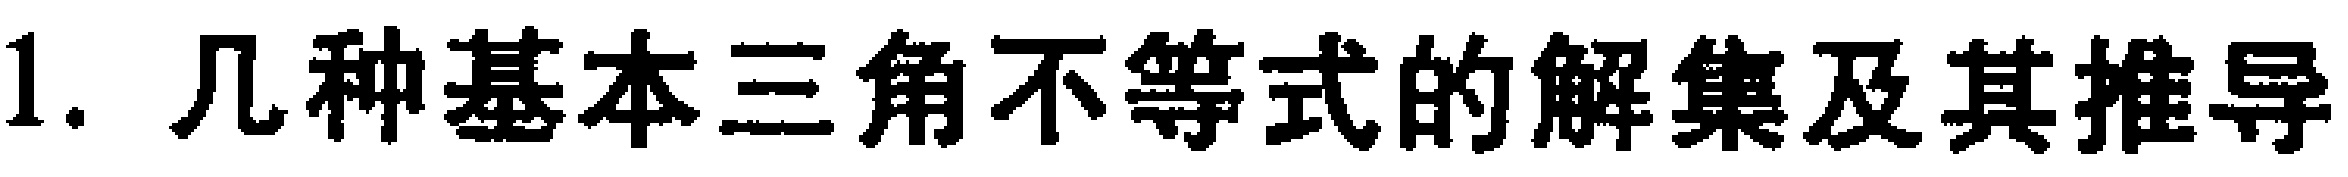
1. 几种基本三角不等式的解集及其推导